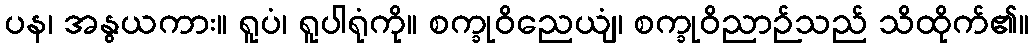
ပန၊ အနွယကား။ ရူပံ၊ ရူပါရုံကို။ စက္ခုဝိညေယျံ၊ စက္ခုဝိညာဉ်သည် သိထိုက်၏။